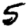
Digit: 5